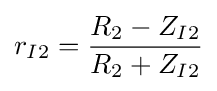
r_{I2}={\frac {R_{2}-Z_{I2}}{R_{2}+Z_{I2}}}